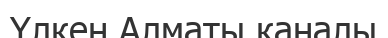
Үлкен Алматы каналы